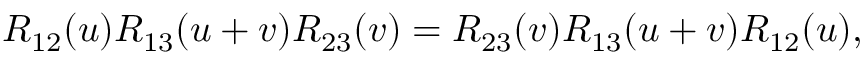
R _ { 1 2 } ( u ) R _ { 1 3 } ( u + v ) R _ { 2 3 } ( v ) = R _ { 2 3 } ( v ) R _ { 1 3 } ( u + v ) R _ { 1 2 } ( u ) ,